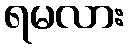
ရမလား